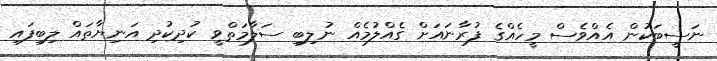
ނަސީބަކުން އެއްވެސް މީހެއްގެ ފުރާނައަށް ގެއްލުމެއް ނުލިބި ސަލާމަތްވީ ކުދިކުދި އަނިޔާތައް ލިބިފައި